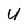
Character: U